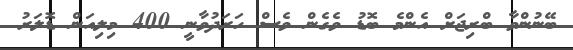
ބޭނުންވާ ބްރިޖަށް އެންމެ ބޮޑު ވެގެން ވެސް ހަރަދުވާނީ 400 މިލިއަން ޑޮލަރު